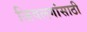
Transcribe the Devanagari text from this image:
जिवलगांसाठी